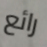
رائع